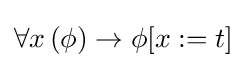
\forall x\left(\phi \right)\to \phi [x:=t]